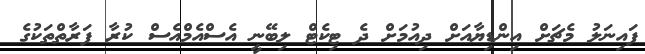
ފައިނަލު މެޗަށް އިންޑިޔާއަށް ދިއުމަށް ދެ ޓިކެޓް ލިބޭނީ އެސްއެމްއެސް ކުރާ ފަރާތްތަކުގެ